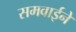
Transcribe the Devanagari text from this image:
समवाईने